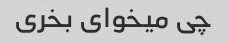
چی میخوای بخری